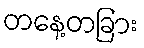
တနေ့တခြား